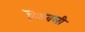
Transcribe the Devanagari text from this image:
ऎकवली